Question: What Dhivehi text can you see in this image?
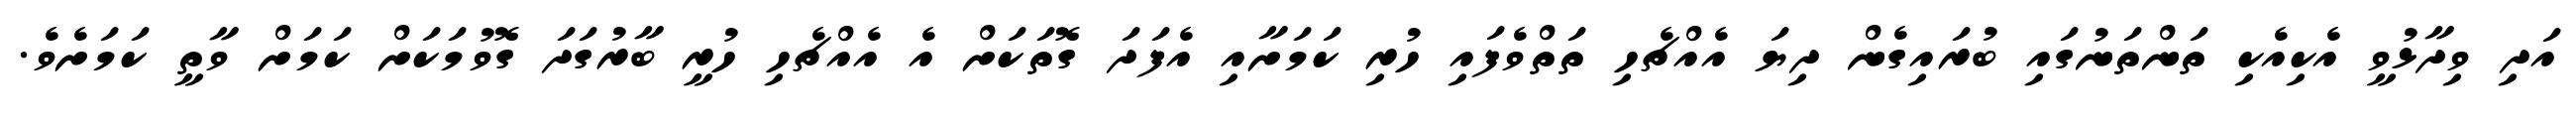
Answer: އަދި ވިދާޅުވީ އެކިއެކި ތަންތަނުގައި ބުރައިގެން ދިޔަ އެއްޗެހި ތަތްވެފައި ހުރި ކަމަށާއި އެފަދަ ގޮތަކަށް އެ އެއްޗެހި ހުރީ ބާރުގަދަ ގޮވުމަކަށް ކަމަށް ވާތީ ކަމަށެވެ.